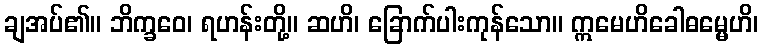
ချအပ်၏။ ဘိက္ခဝေ၊ ရဟန်းတို့။ ဆဟိ၊ ခြောက်ပါးကုန်သော။ ဣမေဟိခေါဓမ္မေဟိ၊